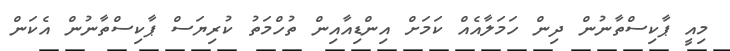
މިއީ ޕާކިސްތާނުން ދިން ހަމަލާއެއް ކަމަށް އިންޑިއާއިން ތުހްމަތު ކުރިޔަސް ޕާކިސްތާނުން އެކަން